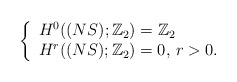
\begin{align*} \left\{ \begin{array}{l} H^0((NS);\mathbb{Z}_2)=\mathbb{Z}_2\\ H^r((NS);\mathbb{Z}_2)=0,\, r>0.\\ \end{array} \right.\end{align*}